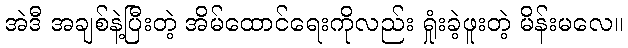
အဲဒီ အချစ်နဲ့ပြီးတဲ့ အိမ်ထောင်ရေးကိုလည်း ရှုံးခဲ့ဖူးတဲ့ မိန်းမလေ။